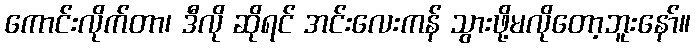
ကောင်းလိုက်တာ၊ ဒီလို ဆိုရင် အင်းလေးကန် သွားဖို့မလိုတော့ဘူးနော်။